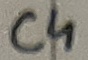
Text: C4